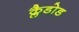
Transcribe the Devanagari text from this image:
क्लैडोड